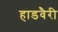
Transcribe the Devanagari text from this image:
हाडवैरी